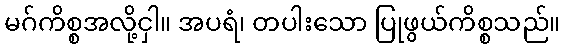
မဂ်ကိစ္စအလို့ငှါ။ အပရံ၊ တပါးသော ပြုဖွယ်ကိစ္စသည်။